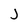
Character: J